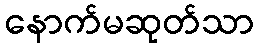
နောက်မဆုတ်သာ